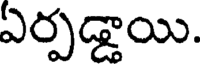
ఏర్పడ్డాయి.